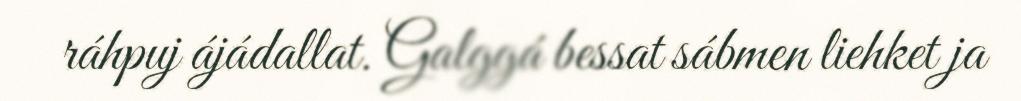
ráhpuj ájádallat. Galggá bessat sábmen liehket ja